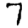
Digit: 7